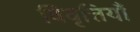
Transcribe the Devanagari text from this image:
विवृत्तियाँ